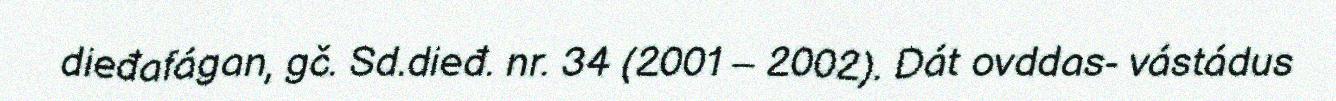
dieđafágan, gč. Sd.dieđ. nr. 34 (2001 – 2002). Dát ovddas- vástádus